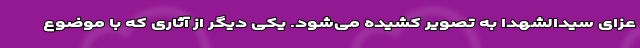
عزای سیدالشهدا به تصویر کشیده می‌شود. یکی دیگر از آثاری که با موضوع